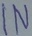
Text: IN